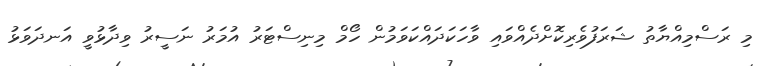
މި ރަސްމިއްޔާތު ޝަރަފުވެރިކޮށްދެއްވައި ވާހަކަދައްކަވަމުން ހޯމް މިނިސްޓަރު އުމަރު ނަސީރު ވިދާޅުވީ އަނދަވަޅު